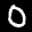
Label: 0